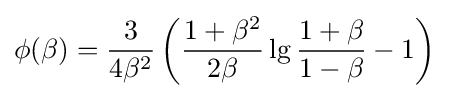
\phi (\beta )={\frac {3}{4\beta ^{2}}}\left({\frac {1+\beta ^{2}}{2\beta }}\lg {\frac {1+\beta }{1-\beta }}-1\right)